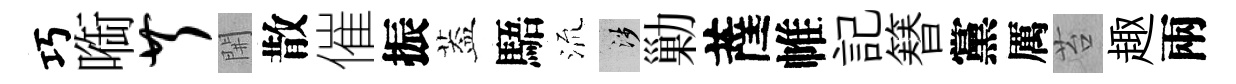
巧㗸芹𨳩散催振葢䮏𣴑涉勦薩帷記簮黨厲苔趣兩